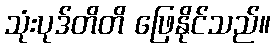
သုံးပုဒ်တိတိ ဖြေနိုင်သည်။